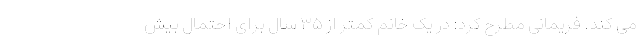
می کند. فریمانی مطرح کرد: در یک خانم کمتر از ۳۵ سال برای احتمال بیش